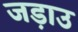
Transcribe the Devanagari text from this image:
जड़ाउ